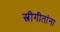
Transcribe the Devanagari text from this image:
स्त्रीगीतांना